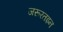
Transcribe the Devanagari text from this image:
जरूरतइन